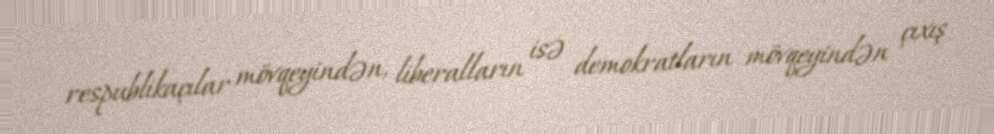
respublikaçılar mövqeyindən, liberalların isə demokratların mövqeyindən çıxış